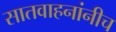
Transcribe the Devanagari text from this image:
सातवाहनांनीच